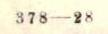
378-28